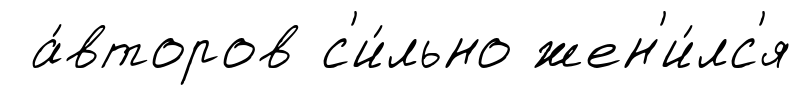
а́второв с'и́льно жен'и́лс'я